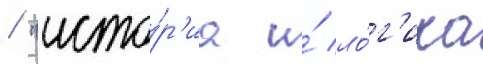
/ "исто́р'иа и́ ло́г'ика